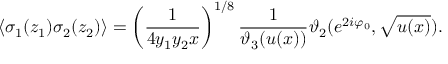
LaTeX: \langle \sigma _ { 1 } ( z _ { 1 } ) \sigma _ { 2 } ( z _ { 2 } ) \rangle = \left( \frac { 1 } { 4 y _ { 1 } y _ { 2 } x } \right) ^ { 1 / 8 } \frac { 1 } { \vartheta _ { 3 } ( u ( x ) ) } \vartheta _ { 2 } ( e ^ { 2 i \varphi _ { 0 } } , \sqrt { u ( x ) } ) .